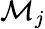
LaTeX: \mathcal{M}_{j}